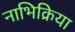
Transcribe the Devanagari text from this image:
नाभिक्रिया